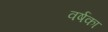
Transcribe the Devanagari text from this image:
वर्षका